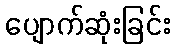
ပျောက်ဆုံးခြင်း